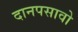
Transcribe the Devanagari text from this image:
दानपसावो